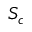
S _ { c }